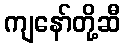
ကျနော်တို့ဆီ